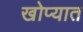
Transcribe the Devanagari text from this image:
खोप्यात